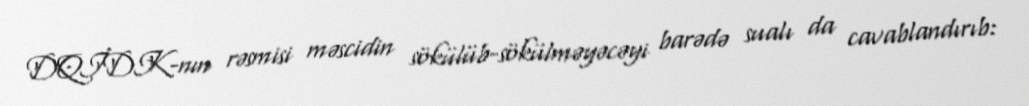
DQİDK-nın rəsmisi məscidin sökülüb-sökülməyəcəyi barədə sualı da cavablandırıb: